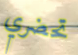
تحضري